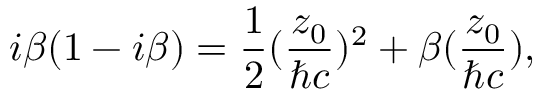
i { \beta } ( 1 - i { \beta } ) = \frac { 1 } { 2 } ( \frac { z _ { 0 } } { { \hbar } c } ) ^ { 2 } + { \beta } ( \frac { z _ { 0 } } { { \hbar } c } ) ,